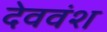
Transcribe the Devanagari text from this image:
देववंश